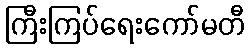
ကြီးကြပ်ရေးကော်မတီ